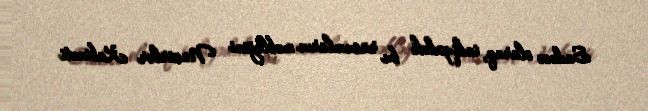
Sadəcə olaraq, indiyədək bu rüsumların məbləğini Nazirlər Kabineti